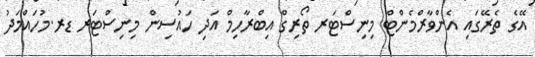
އޭގެ ތެރޭގައި އެންވާރްމެންޓް މިނިސްޓަރ ތޯރިގް އިބްރާހިމް އަދި ހައުސިން މިނިސްޓަރ ޑރ.މުހައްމަދު